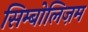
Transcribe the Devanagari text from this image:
सिम्बोलिज़म